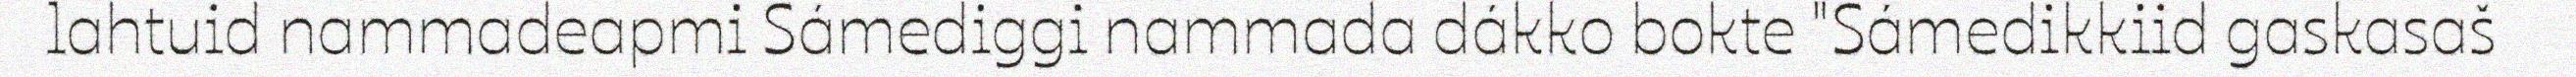
lahtuid nammadeapmi Sámediggi nammada dákko bokte "Sámedikkiid gaskasaš